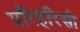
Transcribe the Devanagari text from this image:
परिहरिसी